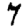
Digit: 7